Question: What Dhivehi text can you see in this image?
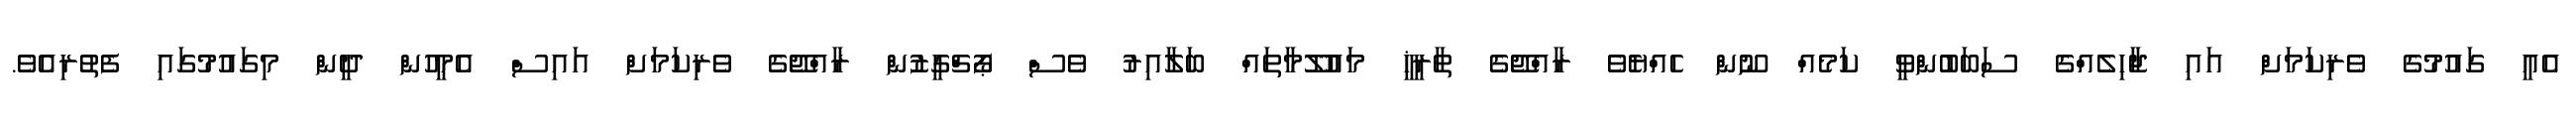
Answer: އެއީ ގައުމުގެ ވެރިކަމަށް އައި ޖާހިލެއްގެ ސަބަބުންވީ ކަމެއް ނޫން ހެއްޔެވެ ރާއްޖޭގެ ތާރީޚީ މައުލޫމާތައް ބަލާއިރު ވެސް ޕޯޗްގީޒުން ރާއްޖޭގެ ވެރިކަމަށް އައިސް އެމީހުން ދީން މިގައުމުގައި ފެތުރިއެވެ.